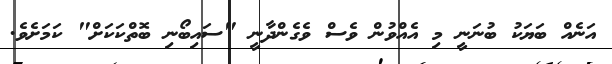
އަނެއް ބަޔަކު ބުނަނީ މި އެއްވުން ވެސް ވެގެންދާނީ "ސައިބޯނި ބޮތްކަކަށް" ކަމަށެވެ.